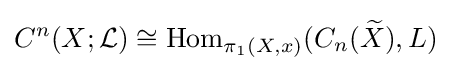
C^{n}(X;{\mathcal {L}})\cong \operatorname {Hom} _{\pi _{1}(X,x)}(C_{n}({\widetilde {X}}),L)